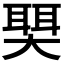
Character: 𫯺